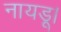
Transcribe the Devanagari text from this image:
नायडू।